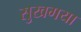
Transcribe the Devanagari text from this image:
सुखगया